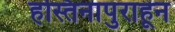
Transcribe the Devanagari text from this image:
हस्तिनापुराहून